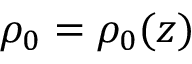
\rho _ { 0 } = \rho _ { 0 } ( z )